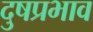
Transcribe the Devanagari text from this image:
दुषप्रभाव